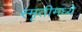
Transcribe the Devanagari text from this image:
स्मृतीमध्ये